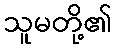
သူမတို့၏